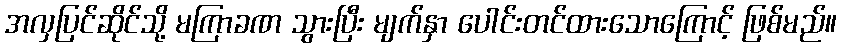
အလှပြင်ဆိုင်သို့ မကြာခဏ သွားပြီး မျက်နှာ ပေါင်းတင်ထားသောကြောင့် ဖြစ်မည်။